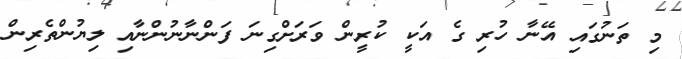
މި ތަނުގައި އޭނާ ހުރި ގެ އަކީ ކުރީން ވަރަށްގިނަ ފަންނާނުންނާއި ލިޔުންތެރިން